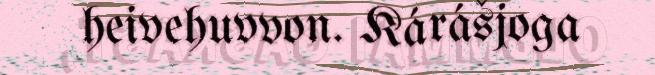
heivehuvvon. Kárášjoga